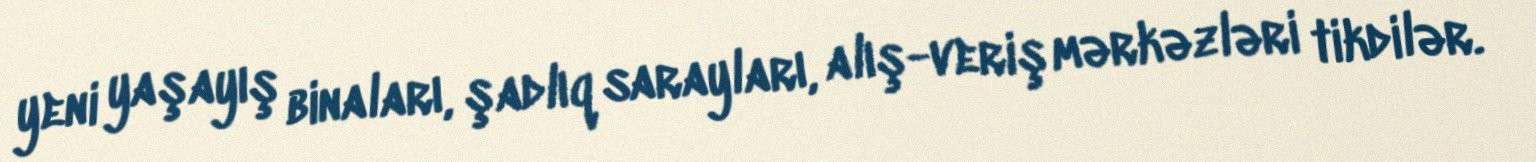
yeni yaşayış binaları, şadlıq sarayları, alış-veriş mərkəzləri tikdilər.